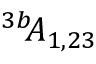
^ { 3 b \! \! } { \cal A } _ { 1 , 2 3 }